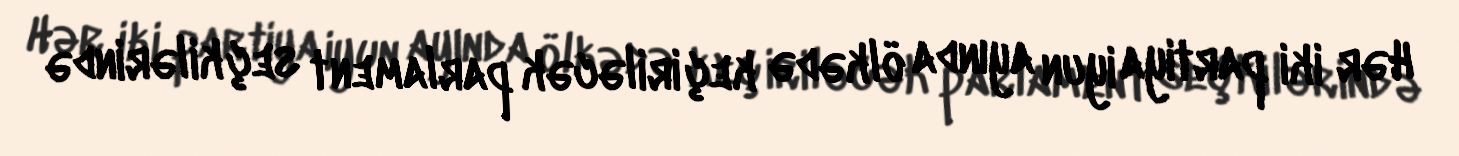
Hər iki partiya iyun ayında ölkədə keçiriləcək parlament seçkilərində